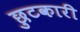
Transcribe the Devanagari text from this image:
छुटकारी